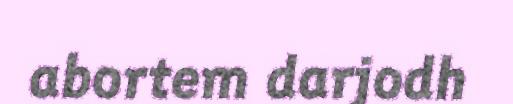
abortem darjodh